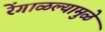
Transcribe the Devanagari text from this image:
रेंगाळल्यामुळे